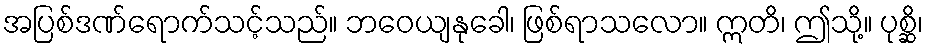
အပြစ်ဒဏ်ရောက်သင့်သည်။ ဘဝေယျနုခေါ၊ ဖြစ်ရာသလော။ ဣတိ၊ ဤသို့။ ပုစ္ဆိ၊